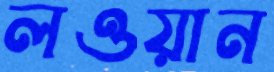
লওয়ান